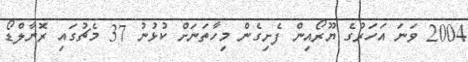
2004 ވަނަ އަހަރުގެ ޔޫރޯއިން ފެށިގެން މިހާތަނަށް ކުޅުނު 37 މެޗުގައި ރޮނާލްޑޯ